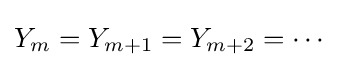
Y_{m}=Y_{m+1}=Y_{m+2}=\cdots